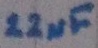
Text: 22µF